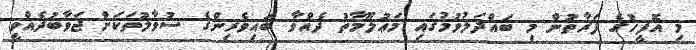
މި އޮފީހުގެ ފަރާތުން މި ބައްދަލުވުމުގައި މަޢުލޫމާތު ދެއްވާ ބައިވެރިންގެ ސުވާލުތަކަށް ޖަވާބުދެއްވީ